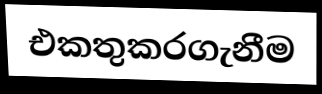
එකතුකරගැනීම